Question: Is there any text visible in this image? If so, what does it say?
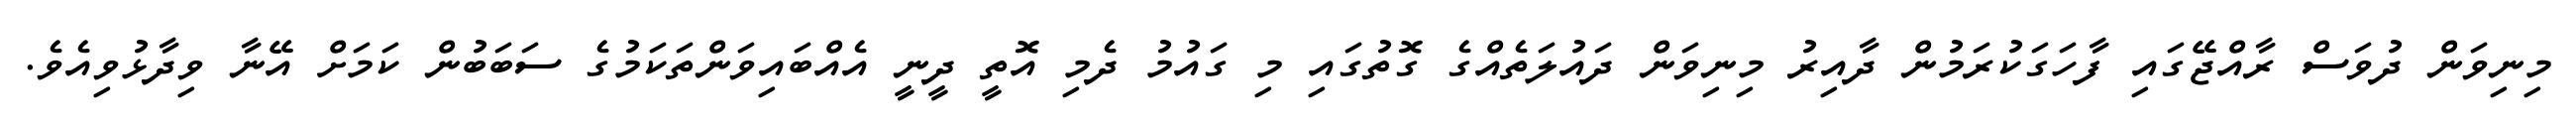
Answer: މިނިވަން ދުވަސް ރާއްޖޭގައި ފާހަގަކުރަމުން ދާއިރު މިނިވަން ދައުލަތެއްގެ ގޮތުގައި މި ގައުމު ދެމި އޮތީ ދީނީ އެއްބައިވަންތަކަމުގެ ސަބަބުން ކަމަށް އޭނާ ވިދާޅުވިއެވެ.